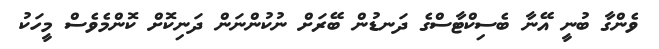
ވެންގާ ބުނީ އޭނާ ބެސިކްޓާސްގެ ދަނޑުން ބޭރަށް ނުކުންނަން ދަނިކޮށް ކޮންމެވެސް މީހަކު